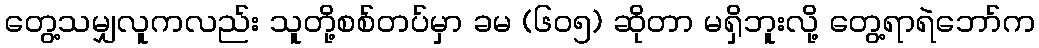
တွေ့သမျှလူကလည်း သူတို့စစ်တပ်မှာ ခမ (၆၀၅) ဆိုတာ မရှိဘူးလို့ တွေ့ရာရဲဘော်က